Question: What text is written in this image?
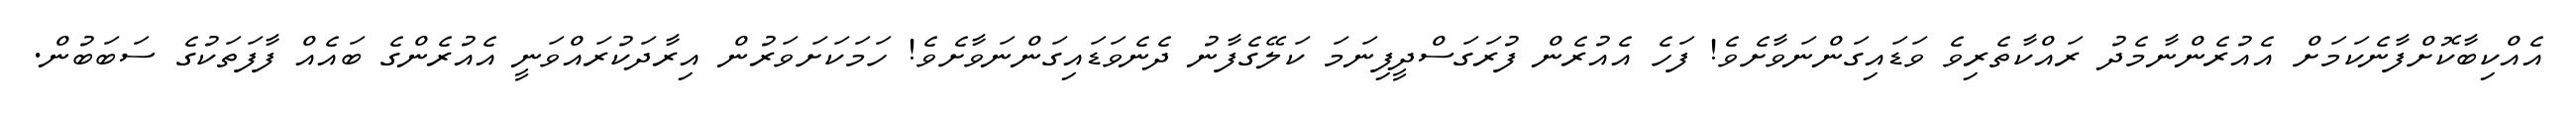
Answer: އެއްކިބާކޮށްފާނެކަމަށް އެއުރެންނާމެދު ރައްކާތެރިވެ ވަޑައިގަންނަވާށެވެ! ފަހެ އެއުރެން ފުރަގަސްދީފިނަމަ ކަލޭގެފާނު ދެނެވަޑައިގަންނަވާށެވެ! ހަމަކަށަވަރުން އިރާދަކުރައްވަނީ އެއުރެންގެ ބައެއް ފާފަތަކުގެ ސަބަބުން.